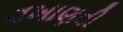
વખાણવી